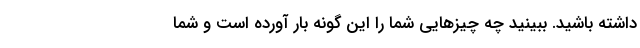
داشته باشید. ببینید چه چیزهایی شما را این گونه بار آورده است و شما